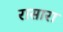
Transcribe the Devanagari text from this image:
रासारा